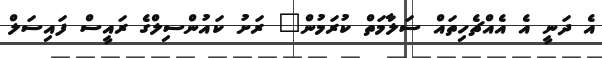
އެ ދަނީ އެ އެއްޗެހިތައް ސަލާމަތް ކުރަމުން" ރަށު ކައުންސިލްގެ ރައީސް ފައިސަލް